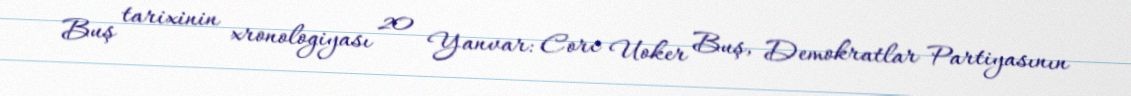
Buş tarixinin xronologiyası 20 Yanvar: Corc Uoker Buş, Demokratlar Partiyasının